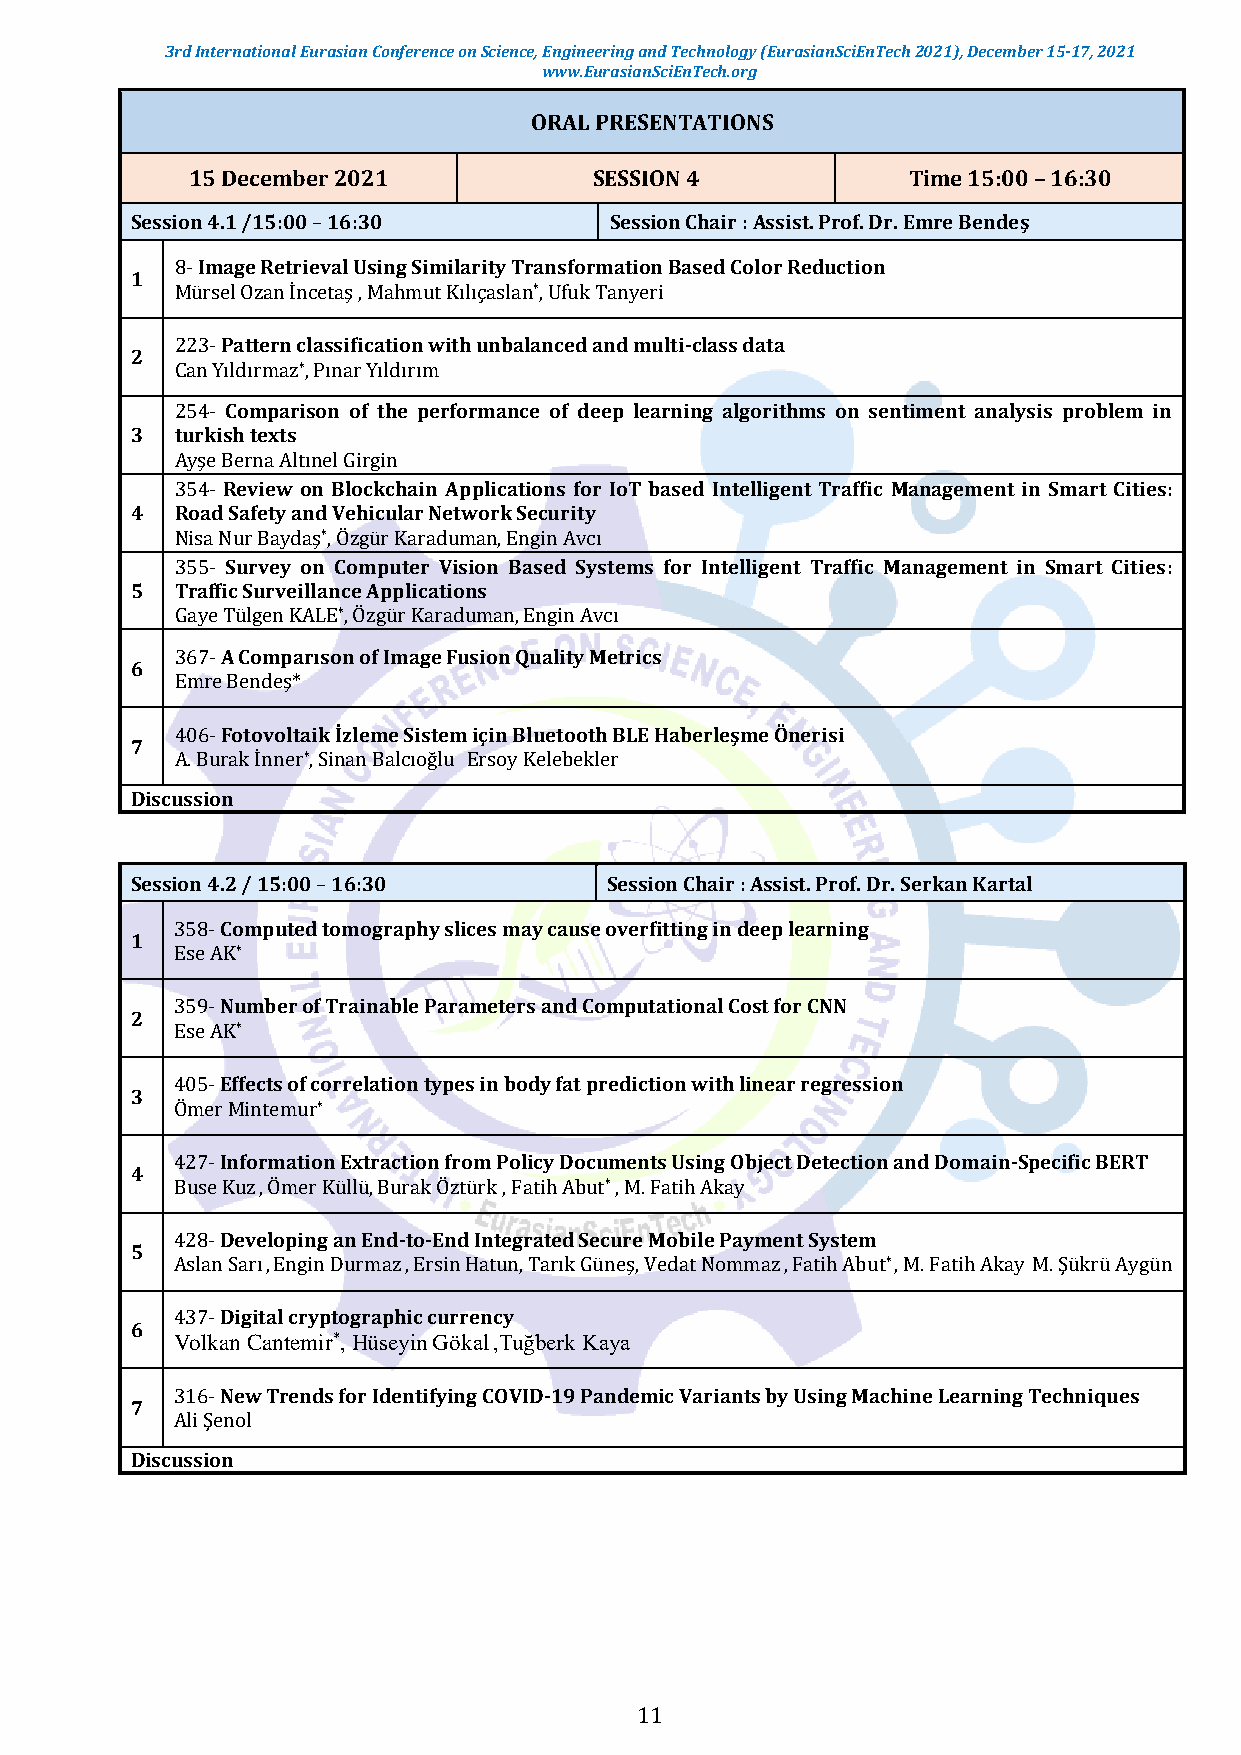
3rd International Eurasian Conference on Science, Engineering and Technology (EurasianSciEnTech 2021), December 15-17, 2021
 www.EurasianSciEnTech.org
 ORAL PRESENTATIONS
 15 December 2021           SESSION 4            Time 15:00 – 16:30
 Session 4.1 /15:00 – 16:30     Session Chair : Assist. Prof. Dr. Emre Bendeş
 8- Image Retrieval Using Similarity Transformation Based Color Reduction
 1
 Mürsel Ozan İncetaş , Mahmut Kılıçaslan*, Ufuk Tanyeri
 223- Pattern classification with unbalanced and multi-class data
 2
 Can Yıldırmaz*, Pınar Yıldırım
 254- Comparison of the performance of deep learning algorithms on sentiment analysis problem in
 3  turkish texts
 Ayşe Berna Altınel Girgin
 354- Review on Blockchain Applications for IoT based Intelligent Traffic Management in Smart Cities:
 4  Road Safety and Vehicular Network Security
 Nisa Nur Baydaş*, Özgür Karaduman, Engin Avcı
 355- Survey on Computer Vision Based Systems for Intelligent Traffic Management in Smart Cities:
 5  Traffic Surveillance Applications
 Gaye Tülgen KALE*, Özgür Karaduman, Engin Avcı
 367- A Comparıson of Image Fusion Quality Metrics
 6
 Emre Bendeş*
 406- Fotovoltaik İzleme Sistem için Bluetooth BLE Haberleşme Önerisi
 7
 A. Burak İnner*, Sinan Balcıoğlu Ersoy Kelebekler
 Discussion
 Session 4.2 / 15:00 – 16:30    Session Chair : Assist. Prof. Dr. Serkan Kartal
 358- Computed tomography slices may cause overfitting in deep learning
 1
 Ese AK*
 359- Number of Trainable Parameters and Computational Cost for CNN
 2
 Ese AK*
 405- Effects of correlation types in body fat prediction with linear regression
 3
 Ömer Mintemur*
 427- Information Extraction from Policy Documents Using Object Detection and Domain-Specific BERT
 4
 Buse Kuz , Ömer Küllü, Burak Öztürk , Fatih Abut* , M. Fatih Akay
 428- Developing an End-to-End Integrated Secure Mobile Payment System
 5
 Aslan Sarı , Engin Durmaz , Ersin Hatun, Tarık Güneş, Vedat Nommaz , Fatih Abut* , M. Fatih Akay M. Şükrü Aygün
 437- Digital cryptographic currency
 6
 Volkan Cantemir*, Hüseyin Gökal ,Tuğberk Kaya
 316- New Trends for Identifying COVID-19 Pandemic Variants by Using Machine Learning Techniques
 7
 Ali Şenol
 Discussion
 11